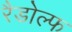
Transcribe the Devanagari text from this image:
रैडोल्फ